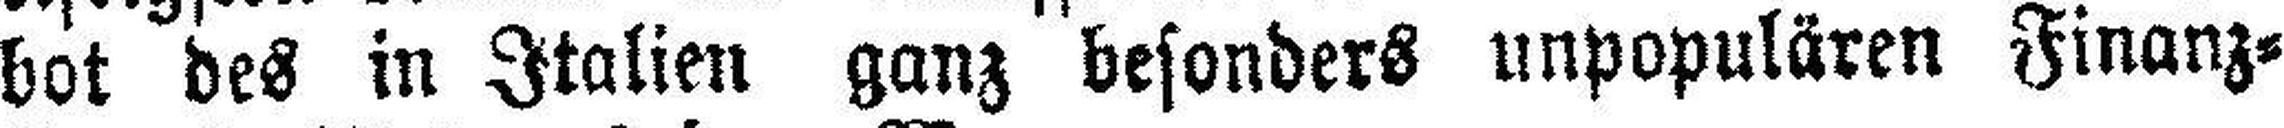
bot des in Italien ganz besonders unpopulären Finanz=